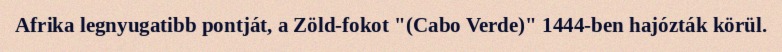
Afrika legnyugatibb pontját, a Zöld-fokot "(Cabo Verde)" 1444-ben hajózták körül.